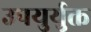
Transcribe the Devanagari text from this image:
उपयुर्युक्त